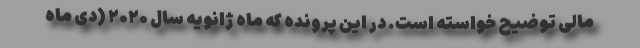
مالی توضیح خواسته است. در این پرونده که ماه ژانویه سال ۲۰۲۰ (دی ماه